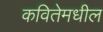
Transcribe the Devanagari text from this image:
कवितेमधील